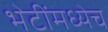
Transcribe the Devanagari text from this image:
भेटींमध्येच